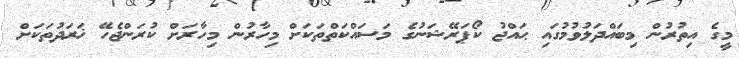
މީގެ އިތުރުން މިބައްދަލުވުމުގައި ޙައްޖު ކޯޕަރޭޝަނުގެ މަސައްކަތްތަކަށް މިހާރުން މިހާރަށް ކުރަންޖެހޭ ޚަރަދުތަކަށް